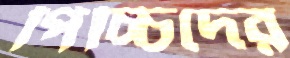
পিচ্চিদের